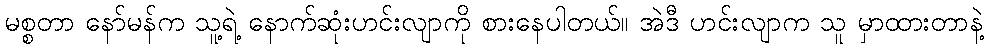
မစ္စတာ နော်မန်က သူ့ရဲ့ နောက်ဆုံးဟင်းလျာကို စားနေပါတယ်။ အဲဒီ ဟင်းလျာက သူ မှာထားတာနဲ့